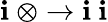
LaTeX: \mathbf{i}\ \otimes\to\mathbf{i}\ \mathbf{i}